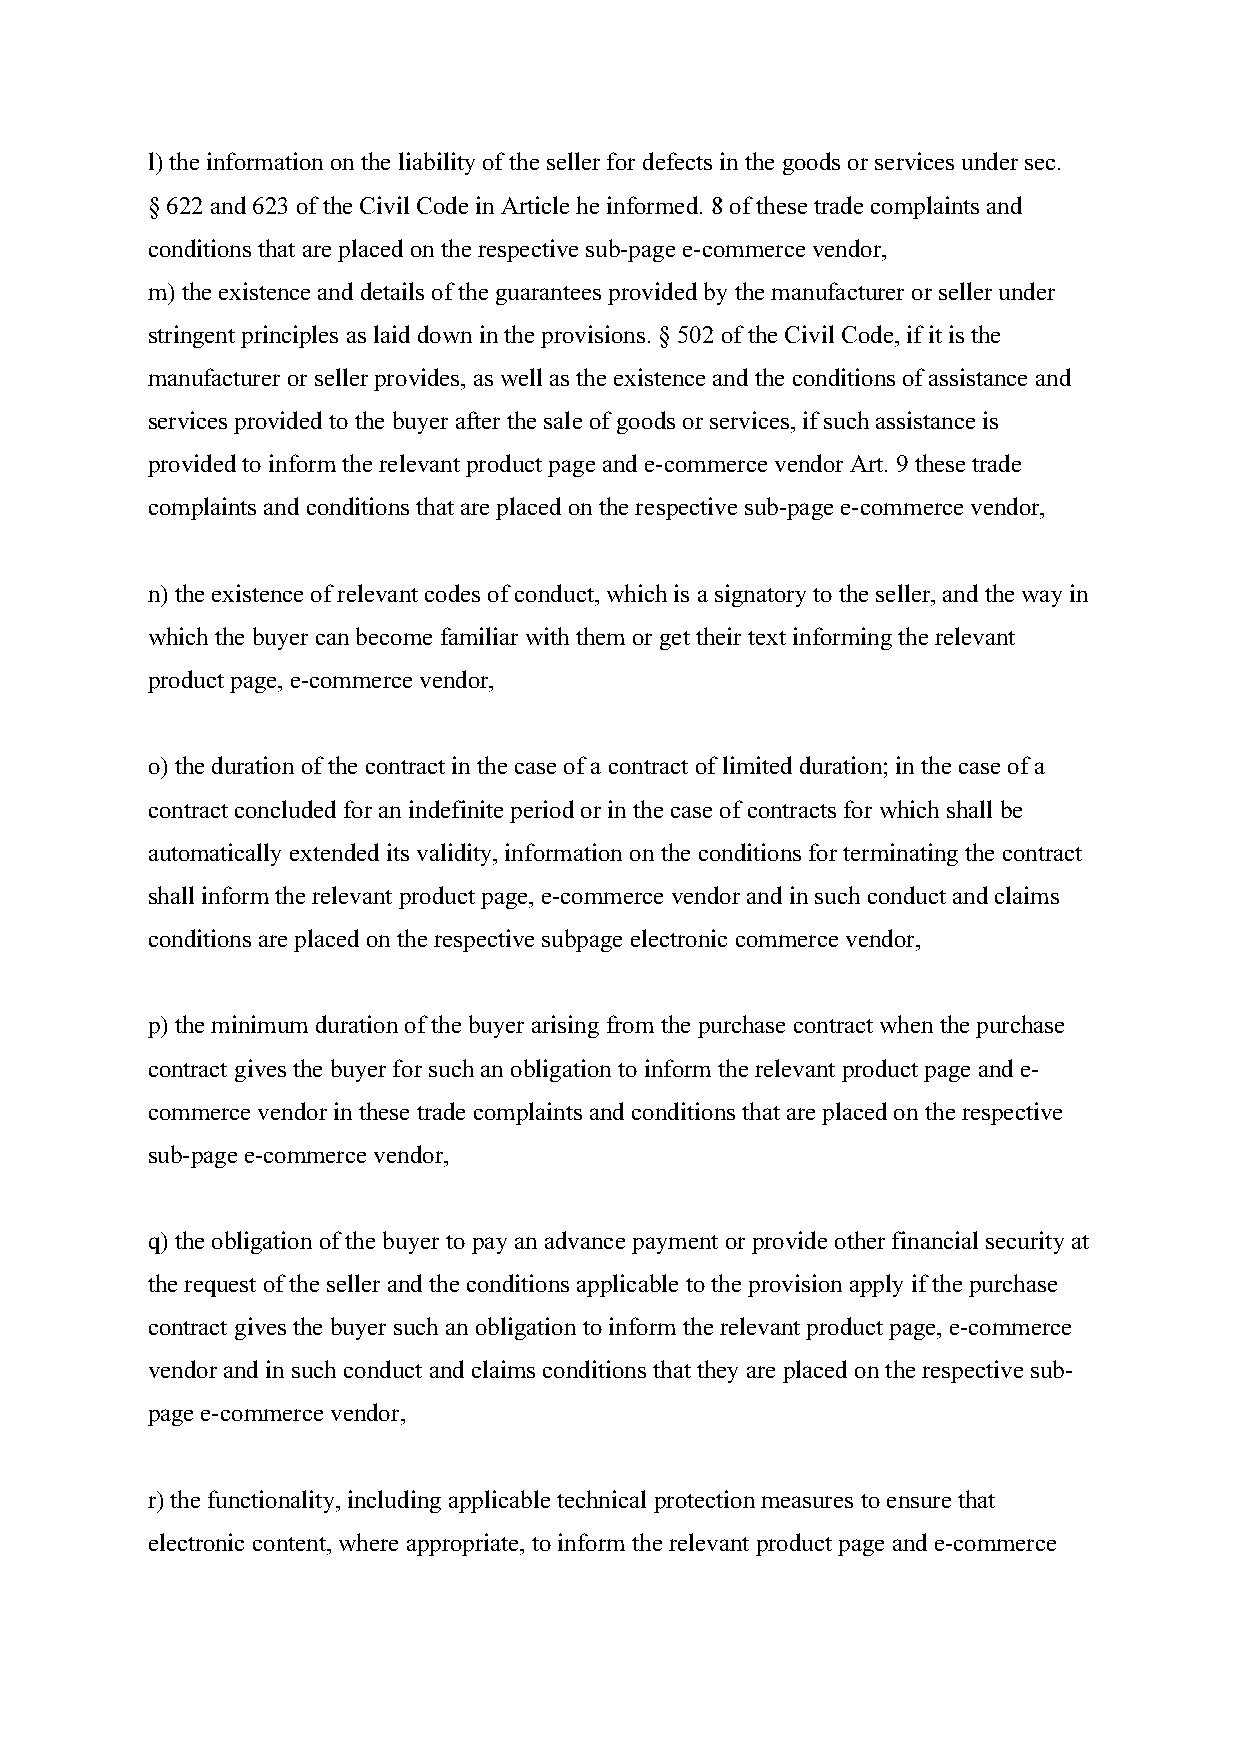
l) the information on the liability of the seller for defects in the goods or services under sec.
 § 622 and 623 of the Civil Code in Article he informed. 8 of these trade complaints and
 conditions that are placed on the respective sub-page e-commerce vendor,
 m) the existence and details of the guarantees provided by the manufacturer or seller under
 stringent principles as laid down in the provisions. § 502 of the Civil Code, if it is the
 manufacturer or seller provides, as well as the existence and the conditions of assistance and
 services provided to the buyer after the sale of goods or services, if such assistance is
 provided to inform the relevant product page and e-commerce vendor Art. 9 these trade
 complaints and conditions that are placed on the respective sub-page e-commerce vendor,
 n) the existence of relevant codes of conduct, which is a signatory to the seller, and the way in
 which the buyer can become familiar with them or get their text informing the relevant
 product page, e-commerce vendor,
 o) the duration of the contract in the case of a contract of limited duration; in the case of a
 contract concluded for an indefinite period or in the case of contracts for which shall be
 automatically extended its validity, information on the conditions for terminating the contract
 shall inform the relevant product page, e-commerce vendor and in such conduct and claims
 conditions are placed on the respective subpage electronic commerce vendor,
 p) the minimum duration of the buyer arising from the purchase contract when the purchase
 contract gives the buyer for such an obligation to inform the relevant product page and e-
 commerce vendor in these trade complaints and conditions that are placed on the respective
 sub-page e-commerce vendor,
 q) the obligation of the buyer to pay an advance payment or provide other financial security at
 the request of the seller and the conditions applicable to the provision apply if the purchase
 contract gives the buyer such an obligation to inform the relevant product page, e-commerce
 vendor and in such conduct and claims conditions that they are placed on the respective sub-
 page e-commerce vendor,
 r) the functionality, including applicable technical protection measures to ensure that
 electronic content, where appropriate, to inform the relevant product page and e-commerce